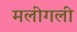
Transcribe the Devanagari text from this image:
मलीगली